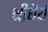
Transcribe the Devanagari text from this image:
श्रीधैर्य